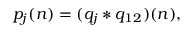
p _ { j } ( n ) = ( q _ { j } * q _ { 1 2 } ) ( n ) ,